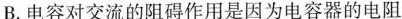
B.电容对交流的阻碍作用是因为电容器的电阻